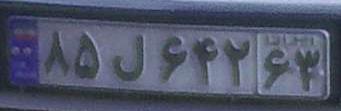
۸۵ل۶۴۲۶۳